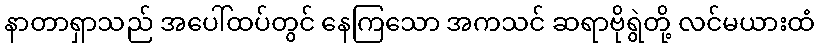
နာတာရှာသည် အပေါ်ထပ်တွင် နေကြသော အကသင် ဆရာဗိုရွဲတို့ လင်မယားထံ